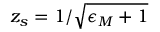
z _ { s } = 1 / \sqrt { \epsilon _ { M } + 1 }